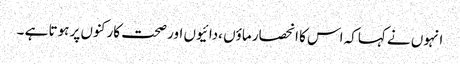
انہوں نے کہاکہ اس کا انحصار ماؤں ،دائیوں اور صحت کارکنوں پر ہوتا ہے ۔